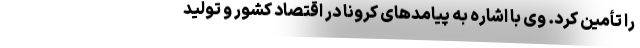
را تأمین کرد. وی با اشاره به پیامدهای کرونا در اقتصاد کشور و تولید